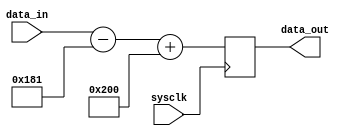
//------------------------------
// Module name: allpass processor
// Function: Simply to pass input to output
// Creator:  Peter Cheung
// Version:  1.1
//------------------------------

module processor (sysclk, data_in, data_out);

	input				sysclk;		// system clock
	input [9:0]		data_in;		// 10-bit input data
	output [9:0] 	data_out;	// 10-bit output data

	wire				sysclk;
	wire [9:0]		data_in;
	reg [9:0] 		data_out;
	wire [9:0]		x,y;

	parameter 		ADC_OFFSET = 10'h181;
	parameter 		DAC_OFFSET = 10'h200;

	assign x = data_in[9:0] - ADC_OFFSET;		// x is input in 2's complement
	
	// This part should include your own processing hardware 
	// ... that takes x to produce y
	// ... In this case, it is ALL PASS.
	assign y = x;
	
	//  Now clock y output with system clock
	always @(posedge sysclk)
		data_out <=  y + DAC_OFFSET;
		
endmodule